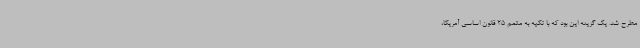
مطرح شد. یک گزینه این بود که با تکیه به متمم 25 قانون اساسی آمریکا،